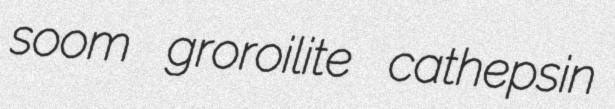
soom groroilite cathepsin